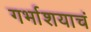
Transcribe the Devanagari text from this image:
गर्भाशयाचं